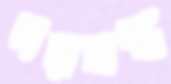
দরবস্ত